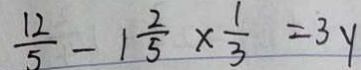
\frac { 1 2 } { 5 } - 1 \frac { 2 } { 5 } \times \frac { 1 } { 3 } = 3 y